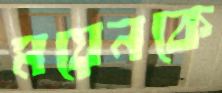
ময়েনকে